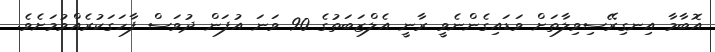
އޮބާމާ އިނގިރޭސިވިލާތަށް ވަޑައިގެންނެވީ ރާނީ އެލްޒަބަތުގެ 90 ވަނަ އުފަން ދުވަސް ފާހަގަކުރެއްވުމަށެވެ.